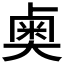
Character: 𫯱